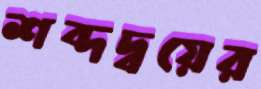
শব্দদ্বয়ের